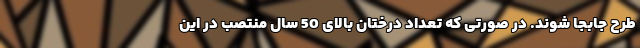
طرح جابجا شوند. در صورتی که تعداد درختان بالای 50 سال منتصب در این